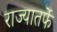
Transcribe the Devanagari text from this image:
राज्यातर्फे